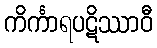
ကိင်္ကာရပဋိဿာဝီ